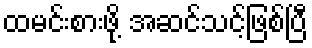
ထမင်းစားဖို့ အဆင်သင့်ဖြစ်ပြီ